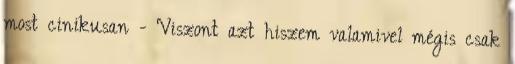
most cinikusan - Viszont azt hiszem valamivel mégis csak